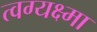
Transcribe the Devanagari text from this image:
त्वग्यक्ष्मा